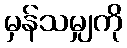
မှန်သမျှကို